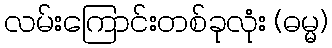
လမ်းကြောင်းတစ်ခုလုံး (ဓမ္မ)